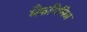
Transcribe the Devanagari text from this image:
मैकगिनिज